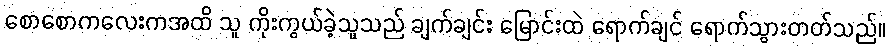
စောစောကလေးကအထိ သူ ကိုးကွယ်ခဲ့သူသည် ချက်ချင်း မြောင်းထဲ ရောက်ချင် ရောက်သွားတတ်သည်။